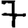
Digit: 7